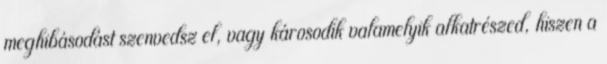
meghibásodást szenvedsz el, vagy károsodik valamelyik alkatrészed, hiszen a